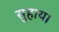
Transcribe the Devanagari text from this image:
सुहाय।